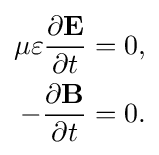
{\begin{aligned}\mu \varepsilon {\frac {\partial \mathbf {E} }{\partial t}}&=0,\\-{\frac {\partial \mathbf {B} }{\partial t}}&=0.\end{aligned}}